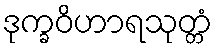
ဒုက္ခဝိဟာရသုတ္တံ